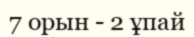
7 орын - 2 ұпай